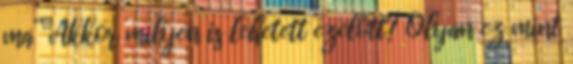
ma” Akkor milyen is lehetett ezelőtt? Olyan ez mint